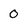
Character: 0